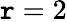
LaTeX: \mathtt{r}=2